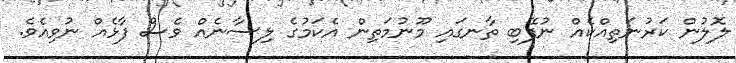
ލޮލުން ކަރުނަތިއްކެއް ނުފޭބި ތާނގައި މޫނުމަތިން އެކަމުގެ ލިސާނެއް ވެސް ފާޅެއް ނުވިއެވެ.